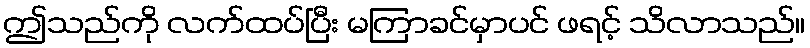
ဤသည်ကို လက်ထပ်ပြီး မကြာခင်မှာပင် ဖရင့် သိလာသည်။